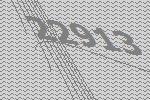
22913